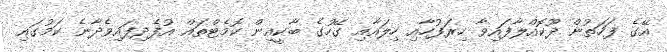
އޭގެ ފަހަތުން ދޫކޮއްލާފައިވާ ހިރަފުހާއި ހިލައާއި ގޭހުގެ ބާކީއިން ކޮމެޓްތައް އުފެދިފައިވެދާނެ ކަމުގައި